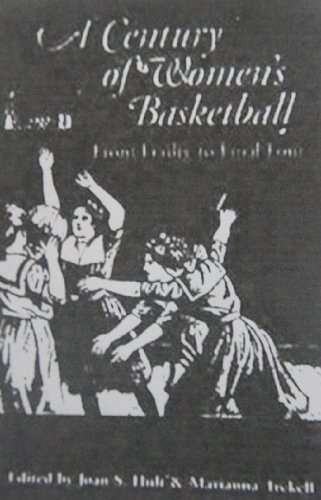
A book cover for A Century of Women's Basketball: From Frailty to Final Four; Joan S. Hult; Sports & Outdoors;